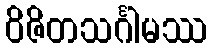
ဝိဇိတသင်္ဂါမဿ